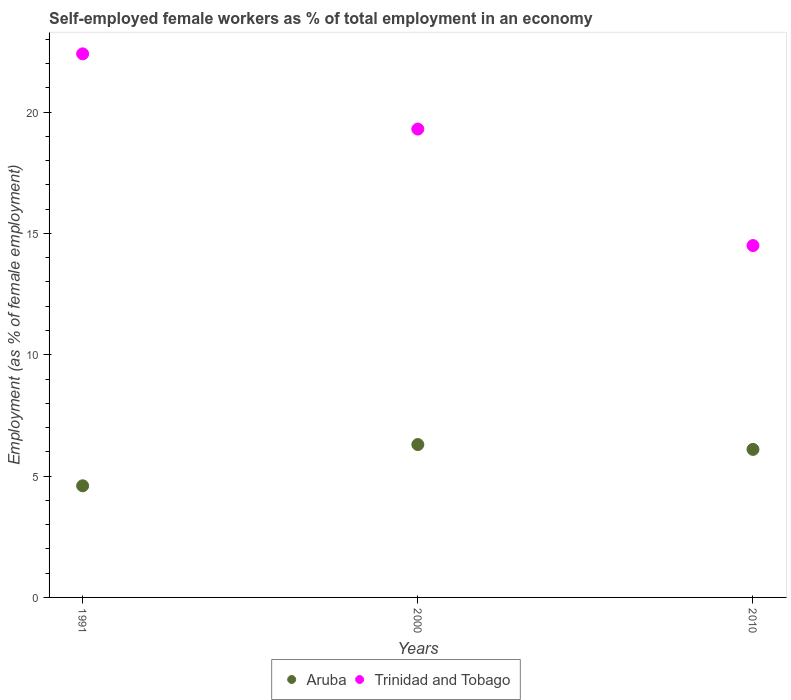
| Years | Aruba | Trinidad and Tobago |
 | --- | --- | --- |
 | 1991 | 4.6 | 22.4 |
 | 2000 | 6.3 | 19.3 |
 | 2010 | 6.1 | 14.5 |